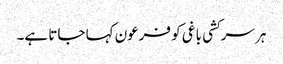
ہر سرکشی باغی کو فرعون کہا جاتا ہے۔